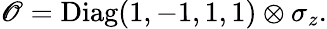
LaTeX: \mathscr{O}=\mathrm{{Diag}}(1,-1,1,1)\otimes\sigma_{z}.